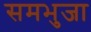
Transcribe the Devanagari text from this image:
समभुजा